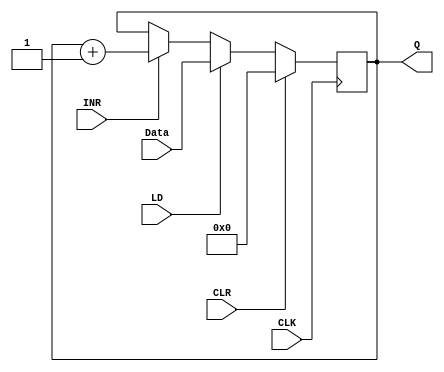
module ADRESS_REGISTER(Q, INR, Data, LD, CLK, CLR);

	output reg [3:0] Q;
	input [3:0] Data;
	input INR, LD, CLK, CLR;
	
	initial Q = 0;
	
	always @(posedge CLK)
	
	begin
		if(CLR)
			Q <= 4'b0;
		else if(LD)
			Q <= Data;
		else if(INR)
			Q <= Q + 1;
	end
	
endmodule